Lunatic asylums in Bengal annual reports 1912-1924 - 1912-1924
Year: 1912
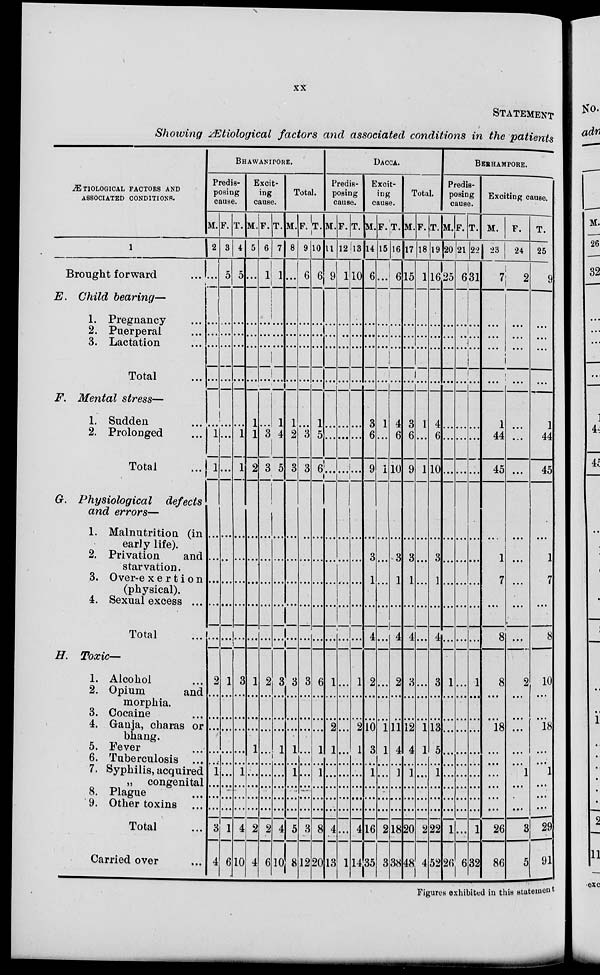
xx
STATEMENT
Showing Ætiological factors and associated conditions in the patients
ÆTIOLOGICAL FACTORS AND
ASSOCIATED CONDITIONS.
1
Brought forward
...
E. Child bearing—
1. Pregnancy ...
2. Puerperal ...
3. Lactation ...
Total ...
F. Mental stress—
1. Sudden ...
2. Prolonged ...
Total ...
G. Physiological
defects
and errors—
1. Malnutrition (in
early life).
2. Privation
and
starvation.
3. Over-exertion
(physical).
4. Sexual excess ...
Total ...
H. Toxic—
1. Alcohol ...
2. Opium
and
morphia.
3. Cocaine ...
4. Ganja, charas or
bhang.
5. Fever ...
6. Tuberculosis ...
7. Syphilis, acquired
„ congenital
8. Plague ...
9. Other toxins ...
Total ...
Carried over ...
BHAWANIPORE.
Predis-
posing
cause.
M.
2
...
...
...
...
...
...
1
1
...
...
...
...
...
2
...
...
...
...
...
1
...
...
...
3
4
F.
3
5
...
...
...
...
...
...
...
...
...
...
...
...
1
...
...
...
...
...
...
...
...
...
1
6
T.
4
5
...
...
...
...
...
1
1
...
...
...
...
...
3
...
...
...
...
...
1
...
...
...
4
10
Excit-
ing
cause.
M.
5
...
...
...
...
...
1
1
2
...
...
...
...
...
1
...
...
...
1
...
...
...
...
...
2
4
F.
6
1
...
...
...
...
...
3
3
...
...
...
...
...
2
...
...
...
...
...
...
...
...
...
2
6
T.
7
1
...
...
...
...
1
4
5
...
...
...
...
...
3
...
...
...
1
...
...
...
...
...
4
10
Total.
M.
8
...
...
...
...
...
1
2
3
...
...
...
...
...
3
...
...
...
1
...
1
...
...
...
5
8
F.
9
6
...
...
...
...
...
3
3
...
...
...
...
...
3
...
...
...
...
...
...
...
...
...
3
12
T.
10
6
...
...
...
...
1
5
6
...
...
...
...
...
6
...
...
...
1
...
1
...
...
...
8
20
DACCA.
Predis-
posing
cause.
M.
11
9
...
...
...
...
...
...
...
...
...
...
...
...
1
...
...
2
1
...
...
...
...
...
4
13
F.
12
1
...
...
...
...
...
...
...
...
...
...
...
...
...
...
...
...
...
...
...
...
...
...
...
1
T.
13
10
...
...
...
...
...
...
...
...
...
...
...
...
1
...
...
2
1
...
...
...
...
...
4
14
Excit-
ing
cause.
M.
14
6
...
...
...
...
3
6
9
...
3
1
...
4
2
...
...
10
3
...
1
...
...
...
16
35
F.
15
...
...
...
...
...
1
...
1
...
...
...
...
...
...
...
...
1
1
...
...
...
...
...
2
3
T.
16
6
...
...
...
...
4
6
10
...
3
1
...
4
2
...
...
11
4
...
1
...
...
...
18
38
Total.
M.
17
15
...
...
...
...
3
6
9
...
3
1
...
4
3
...
...
12
4
...
1
...
...
...
20
48
F.
18
1
...
...
...
...
1
...
1
...
...
...
...
...
...
...
...
1
1
...
...
...
...
...
2
4
T.
19
16
...
...
...
...
4
6
10
...
3
1
...
4
3
...
...
13
5
...
1
...
...
...
22
52
BERHAMPORE.
Predis-
posing
cause.
M.
20
25
...
...
...
...
...
...
...
...
...
...
...
...
1
...
...
...
...
...
...
...
...
...
1
26
F.
21
6
...
...
...
...
...
...
...
...
...
...
...
...
...
...
...
...
...
...
...
...
...
...
...
6
T.
22
31
...
...
...
...
...
...
...
...
...
...
...
...
1
...
...
...
...
...
...
...
...
...
1
32
Exciting cause.
M.
23
7
...
...
...
...
1
44
45
...
1
7
...
8
8
...
...
18
...
...
...
...
...
...
26
86
F.
24
2
...
...
...
...
...
...
...
...
...
...
...
...
2
...
...
...
...
...
1
...
...
...
3
5
T.
25
9
...
...
...
...
1
44
45
...
1
7
...
8
10
...
...
18
...
...
1
...
...
...
29
91
Figures exhibited in this statement